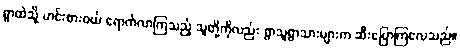
ရွာထဲသို့ ဟင်းစားဝယ် ရောက်လာကြသည့် သူတို့ကိုလည်း ရွာသူရွာသားများက ဆီးပြောကြလေသည်။